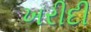
ખરીદી